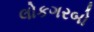
લોકગરબો